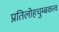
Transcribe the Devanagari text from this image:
प्रतिलोहचुम्बकत्व